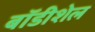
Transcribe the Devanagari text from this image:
बॉडीशेल